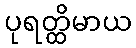
ပုရတ္ထိမာယ